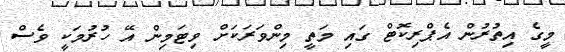
މީގެ އިތުރުން އެޕްރިކޮޓް ގައި މަތީ މިންވަރަކަށް ވިޓަމިން އޭ ހުރުމަކީ ވެސް